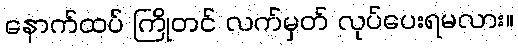
နောက်ထပ် ကြိုတင် လက်မှတ် လုပ်ပေးရမလား။